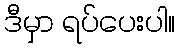
ဒီမှာ ရပ်ပေးပါ။